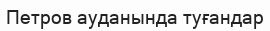
Петров ауданында туғандар